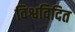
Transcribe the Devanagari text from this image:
विश्वविदित